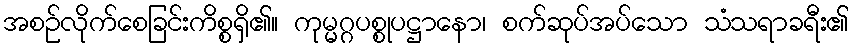
အစဉ်လိုက်စေခြင်းကိစ္စရှိ၏။ ကုမ္မဂ္ဂပစ္စုပဋ္ဌာနော၊ စက်ဆုပ်အပ်သော သံသရာခရီး၏